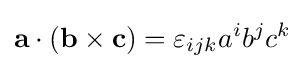
\mathbf {a} \cdot (\mathbf {b\times c} )=\varepsilon _{ijk}a^{i}b^{j}c^{k}